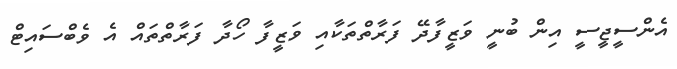
އެންސީޖީސީ އިން ބުނީ ވަޒީފާދޭ ފަރާތްތަކާއި ވަޒީފާ ހޯދާ ފަރާތްތައް އެ ވެބްސައިޓް